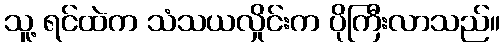
သူ့ ရင်ထဲက သံသယလှိုင်းက ပိုကြီးလာသည်။